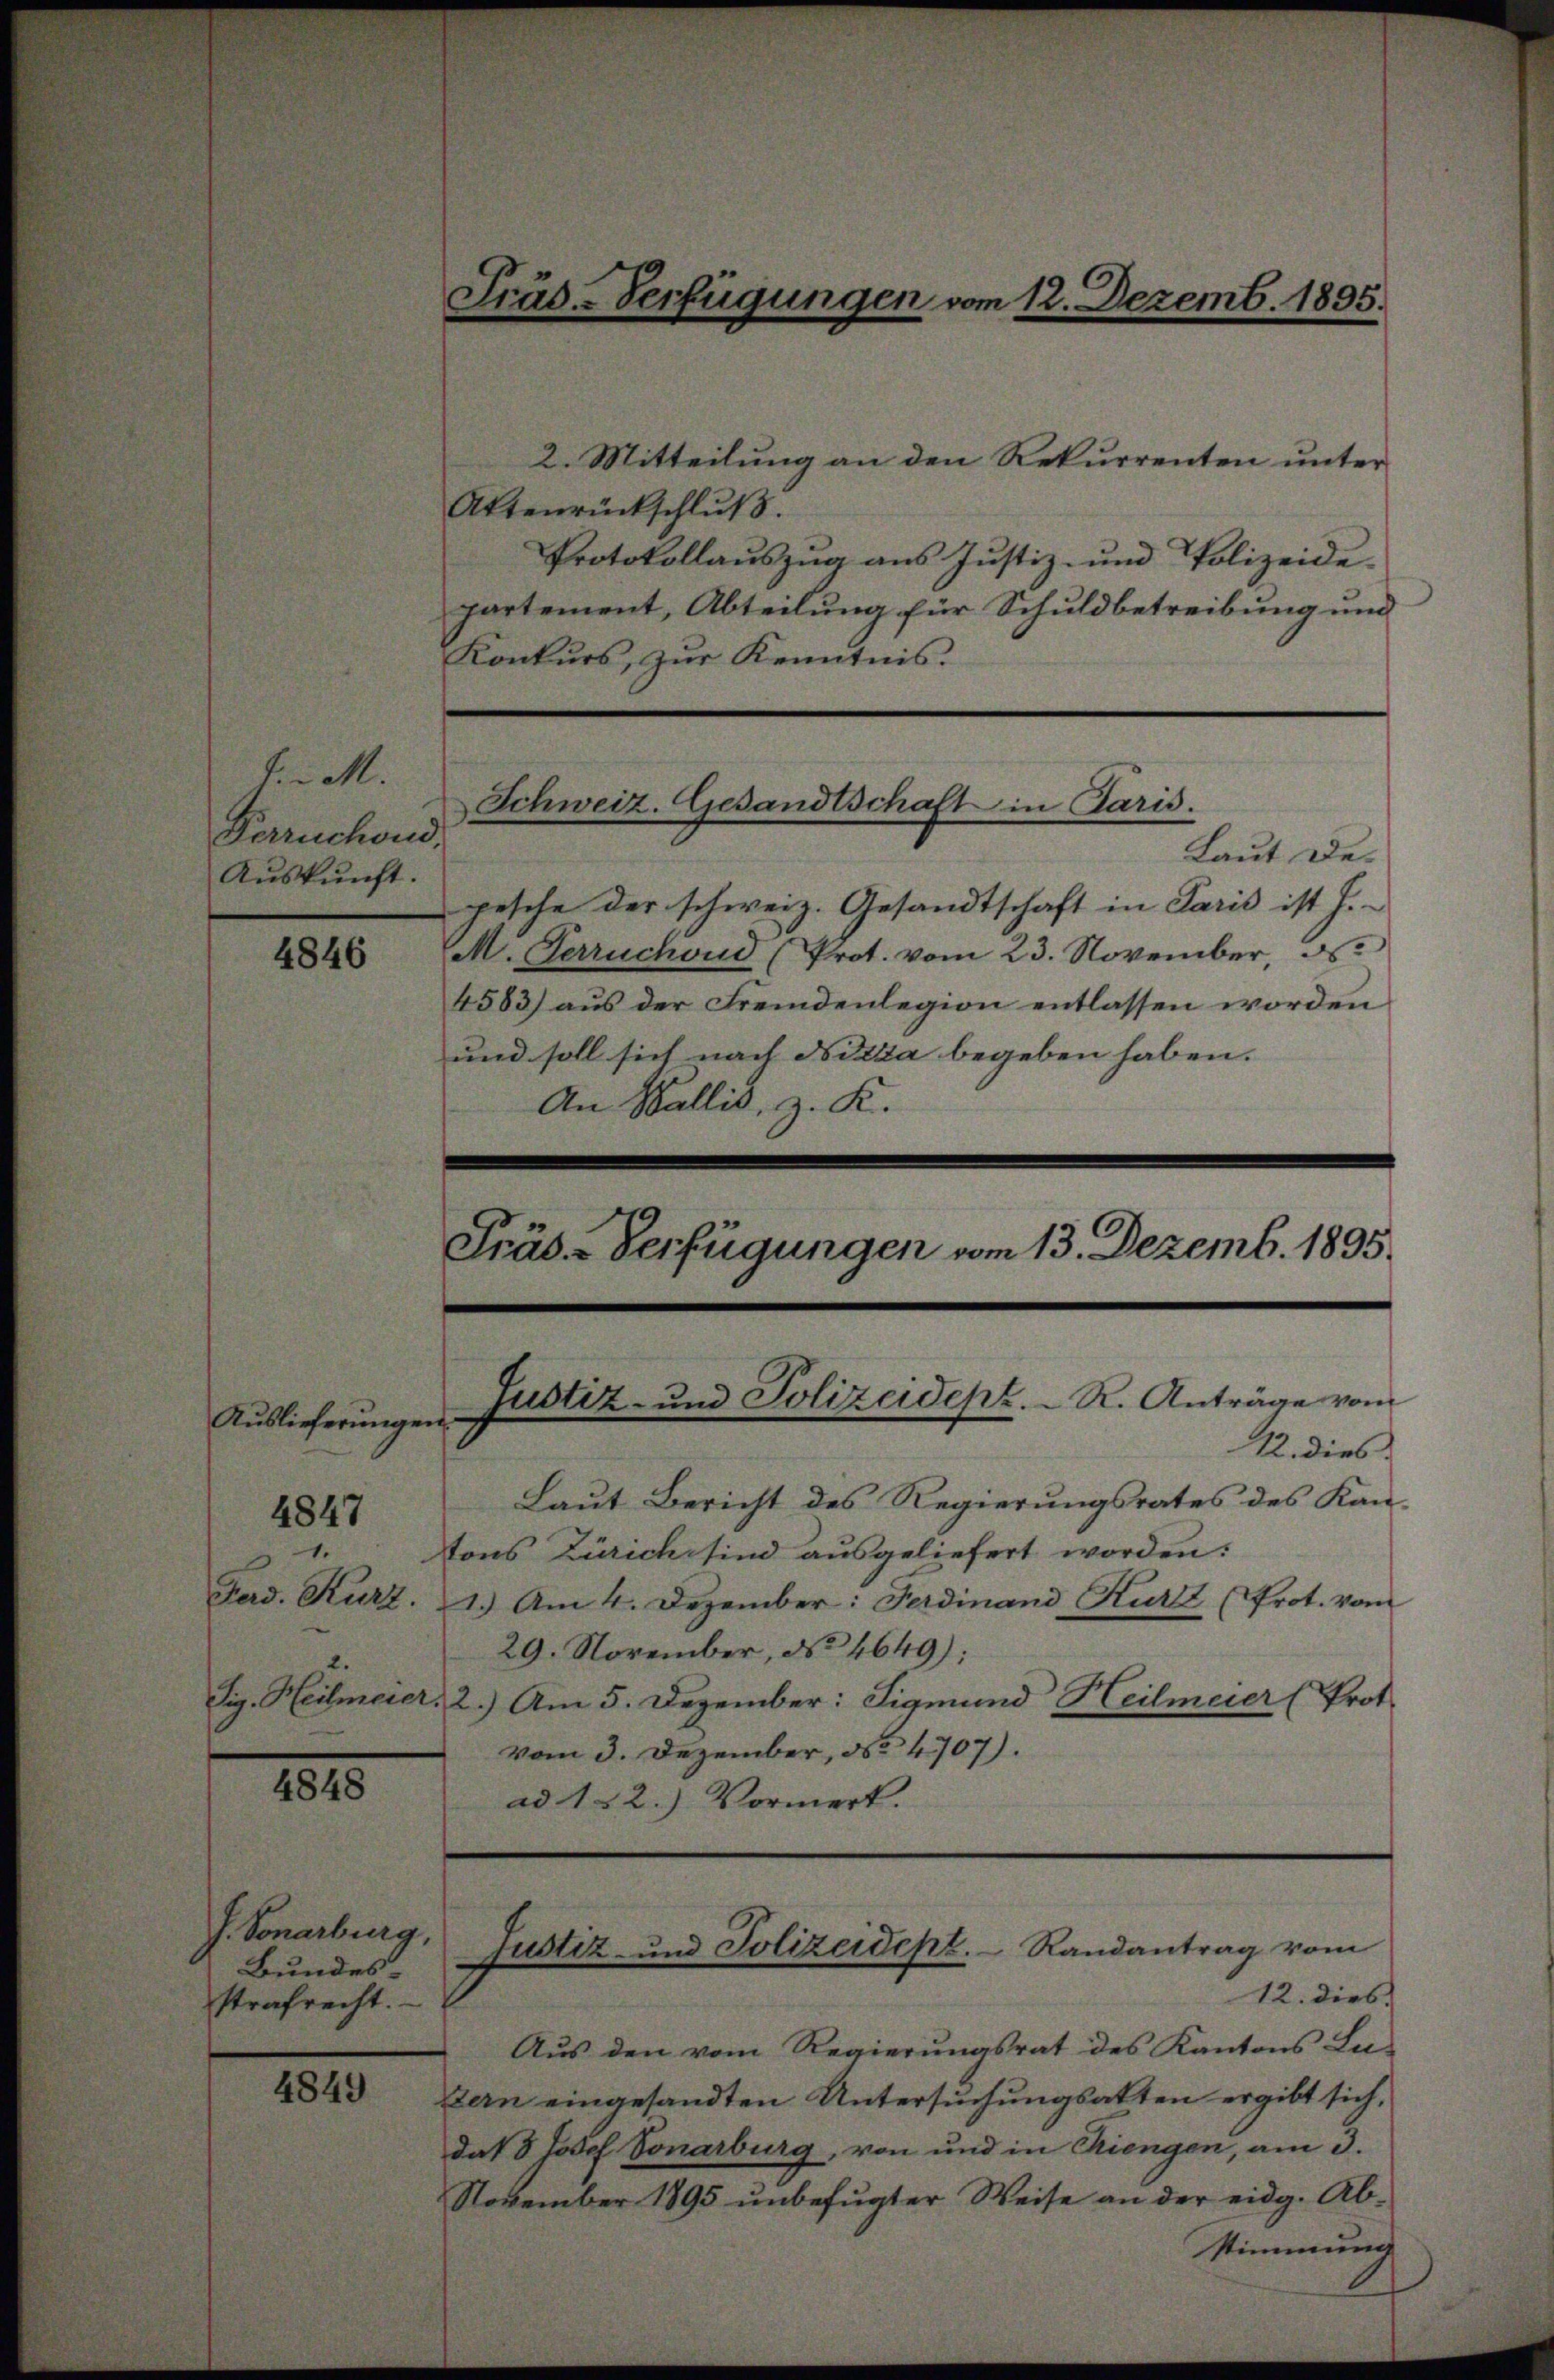
f.M.
Ferruchend.
Auskunft.

4846

Auslieferungen.
1.

4847

4848

J. Sonarburg,
Bundes
strafrecht.

4849

2. Mitteilung an den Rekurrenten unter
Attenrückschluß.
Protokollauszug aus Justiz- und Polizeide-
partement, Abteilung für Schuldbetreibung und
Konkurs, zur Kenntnis.
Laut Depesche der schweiz. Gesandtschaft in Paris ist h.
M. Perruchoud (Prot. vom 23. November, d
4583) aus der Fremdenlegion entlassen worden
und soll sich nach Nizza begeben haben. |
An Wallis, z. K.
Präs.-Verfügungen vom 13. Dezemb. 1895.

Schweiz. Gesandtschaft in Paris.

Justiz- und Polizeidenz. R. Anträge vom
12. dies

Träd-Verfügungen vom 12. Dezemb. 1895.

Laut Bericht des Regierungsrates des Kantons Zürich sind ausgeliefert worden:
Ferd. Kurz. 1. Am 4. Dezember: Ferdinand Kurz (Prot. vom
29. November, No 4649);
Sig. Heilmeier, 2.) Am 5. Dezember: Sigmund Heilmeier (Prot.
vom 3. Dezember, No 4707).
ad 122.) Vormerk.

12. dies
Aŭs den vom Regierŭngsrat des Kantons Lu-
zern eingesandten Untersuchungsakten ergibt sich,
das 3 Josef Sonarburg, von und in Triengen, am 3.
November 1895 unbefugter Weise an der eidg. Abstimmung

Justiz- und Polizeidept. Randantrag vom